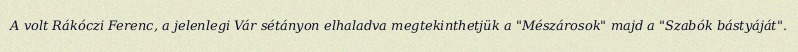
A volt Rákóczi Ferenc, a jelenlegi Vár sétányon elhaladva megtekinthetjük a "Mészárosok" majd a "Szabók bástyáját".